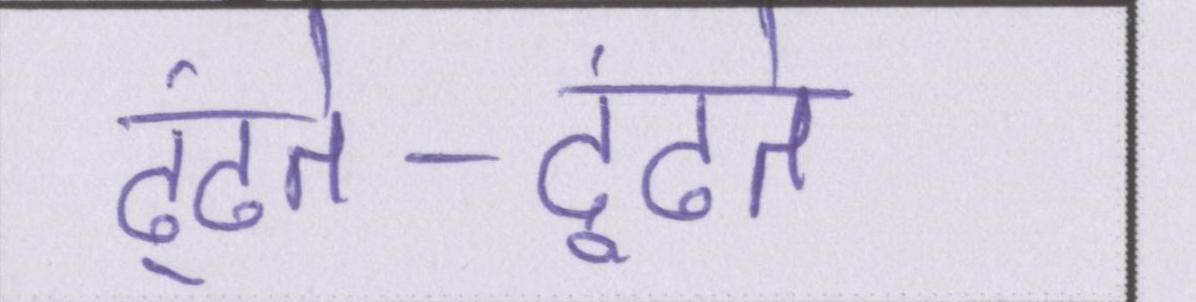
ढूंढते-ढूंढते